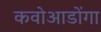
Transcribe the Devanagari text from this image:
कवोआडोंगा